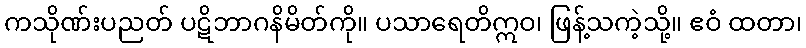
ကသိုဏ်းပညတ် ပဋိဘာဂနိမိတ်ကို။ ပသာရေတိဣဝ၊ ဖြန့်သကဲ့သို့။ ဧဝံ ထတာ၊